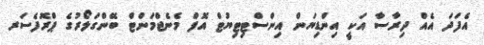
އެފަދަ އެއް ދިރާސާ އަކީ އިންޑިޔަން އިންސްޓިޓިޔުޓް އޮފް މެނެޖްމަންޓް ބޭންގަލޯރުގެ ޕްރޮފެސަރ